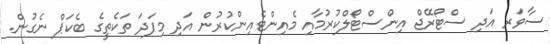
ސާވަރ އަދި ސްޓޯރޭޖް އިންސްޓޯލްކުރުމާއި މެއިންޓެއިންކުރުން އަދި މިފަދަ ތަކެތީގެ ބެކަޕް ނެގުން.